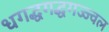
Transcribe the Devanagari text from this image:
धगद्धगद्धगज्ज्वल